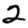
Digit: 2